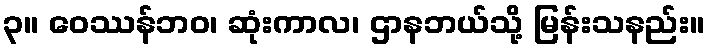
၃။ ဝေဿန်ဘဝ၊ ဆုံးကာလ၊ ဌာနဘယ်သို့ မြန်းသနည်း။